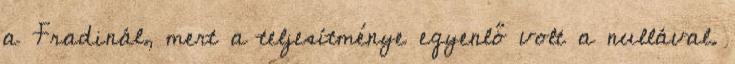
a Fradinál, mert a teljesítménye egyenlő volt a nullával.